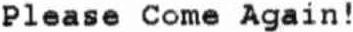
PLEASE COME AGAIN !